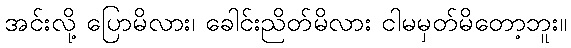
အင်းလို့ ပြောမိလား၊ ခေါင်းညိတ်မိလား ငါမမှတ်မိတော့ဘူး။